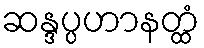
ဆန္ဒပ္ပဟာနတ္ထံ